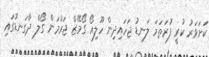
ކަށަވަރު ކުރީ ފުރަތަމަ ލަނޑު ޖަހައިދިން ހޫލިއޯ ގޯމޭޒް ޖަރުމަން ގޯލް ދާގަނޑުގައި